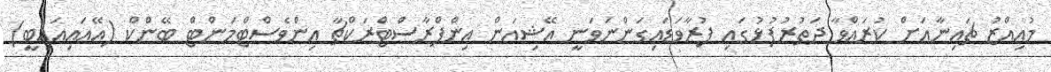
މުއިއްޒު ޗައިނާއަށް ކުރައްވާ ދަތުރުފުޅުގައި ފުރާވަޑައިގަންނަވަނީ އޭޝިއަން އިންފްރާސްޓްރަކްޗާ އިންވެސްޓްމަންޓް ބޭންކް (އޭއައިއައިބީ)